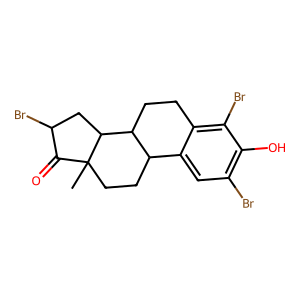
SMILES: CC12CCC3c4cc(Br)c(O)c(Br)c4CCC3C1CC(Br)C2=O
Inhibits HIV replication: No